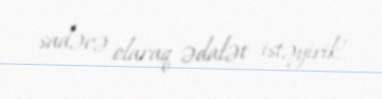
sadəcə olaraq ədalət istəyirik!.